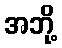
အဘို့